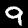
Label: 9